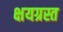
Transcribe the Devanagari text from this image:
क्षयग्रस्त